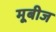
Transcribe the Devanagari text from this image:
मूबीज